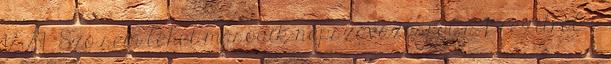
12:29 "Szó sem lehet második népszavazásról a Brexitről" -